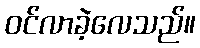
ဝင်လာခဲ့လေသည်။